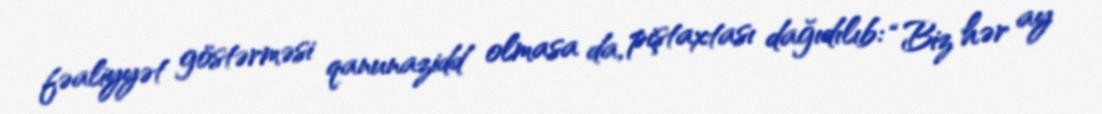
fəaliyyət göstərməsi qanunazidd olmasa da, piştaxtası dağıdılıb: “Biz hər ay